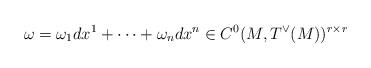
LaTeX: \begin{align*}\omega = \omega_1 dx^1 + \dots + \omega_n dx^n \in C^0(M,T^\vee(M))^{r \times r}\end{align*}